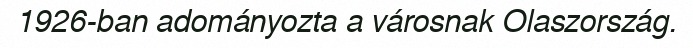
1926-ban adományozta a városnak Olaszország.